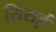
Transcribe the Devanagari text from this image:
सिराई